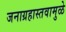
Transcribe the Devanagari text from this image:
जनाग्रहास्तवामुळे